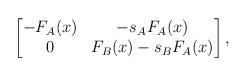
LaTeX: \begin{align*} \begin{bmatrix} -F_A(x) & -s_{A}F_A(x)\\0 & F_B(x)-s_{B}F_A(x) \end{bmatrix}, \end{align*}